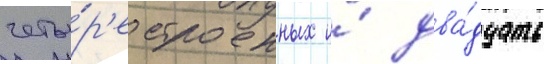
четы́р'е строенных и́ два́дцать